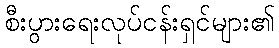
စီးပွားရေးလုပ်ငန်းရှင်များ၏